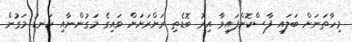
މިހާތަނަށް ބަލައި ފާސްކޮށްފައިވާ އިރު ބޮޑެތި ރަށްރަށަށް ވައިގެ މަގުންނާއި ކަނޑު މަގުން